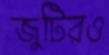
জুটিরও